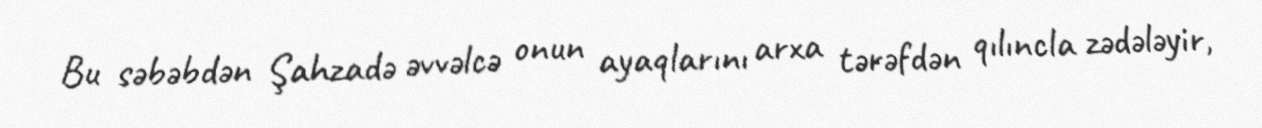
Bu səbəbdən Şahzadə əvvəlcə onun ayaqlarını arxa tərəfdən qılıncla zədələyir,